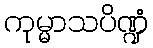
ကုမ္မာသပိဏ္ဍံ